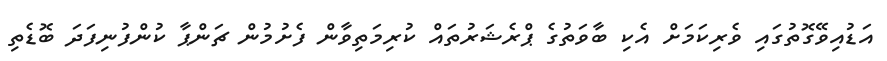
އަޑުއިވޭގޮތުގައި ވެރިކަމަށް އެކި ބާވަތުގެ ޕްރެޝަރުތައް ކުރިމަތިވާން ފެށުމުން ޗަންޕާ ކުންފުނިފަދަ ބޮޑެތި